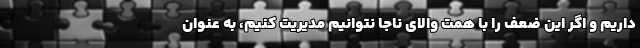
داریم و اگر این ضعف را با همت والای ناجا نتوانیم مدیریت کنیم، به عنوان